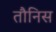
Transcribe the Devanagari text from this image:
तौनिस